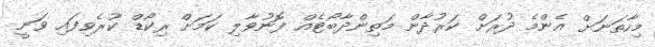
މިހާތަނަށް އެންމެ ދުރަށް ކަރުދާން މަތިންދާބޯޓެއް ފޮނުވާލި ކަމަށް ރިކޯޑް ކުރެވިފައި ވަނީ